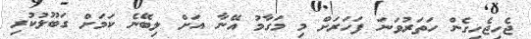
ޖެހިޖެހިގެން ހަތަރުވަނަ ފަހަރަށް މި މަގާމު އޭނާ އަށް ލިބޭނެ ކަމަށް ގަބޫލުކުރި